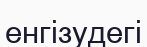
енгізудегі